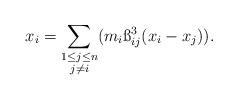
LaTeX: \begin{align*}x_i = \sum_{\substack { 1 \le j \le n \\ j \neq i} }(m_i\ss_{ij}^{3}(x_i - x_j)).\end{align*}